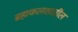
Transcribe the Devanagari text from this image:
ब्रह्मकलशातील